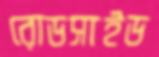
রোডসাইড